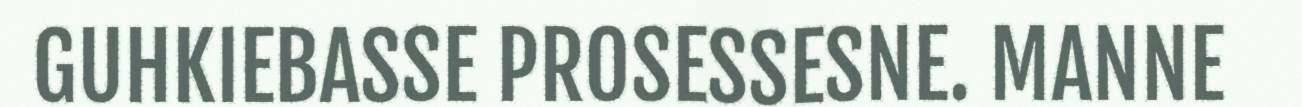
GUHKIEBASSE PROSESSESNE. MANNE